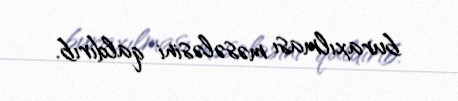
buraxılması məsələsini qaldırıb.